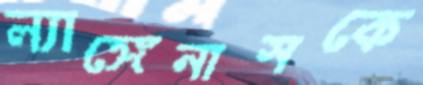
ল্যাঙ্গেনাসকে